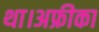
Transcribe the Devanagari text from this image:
था।अफ्रीका